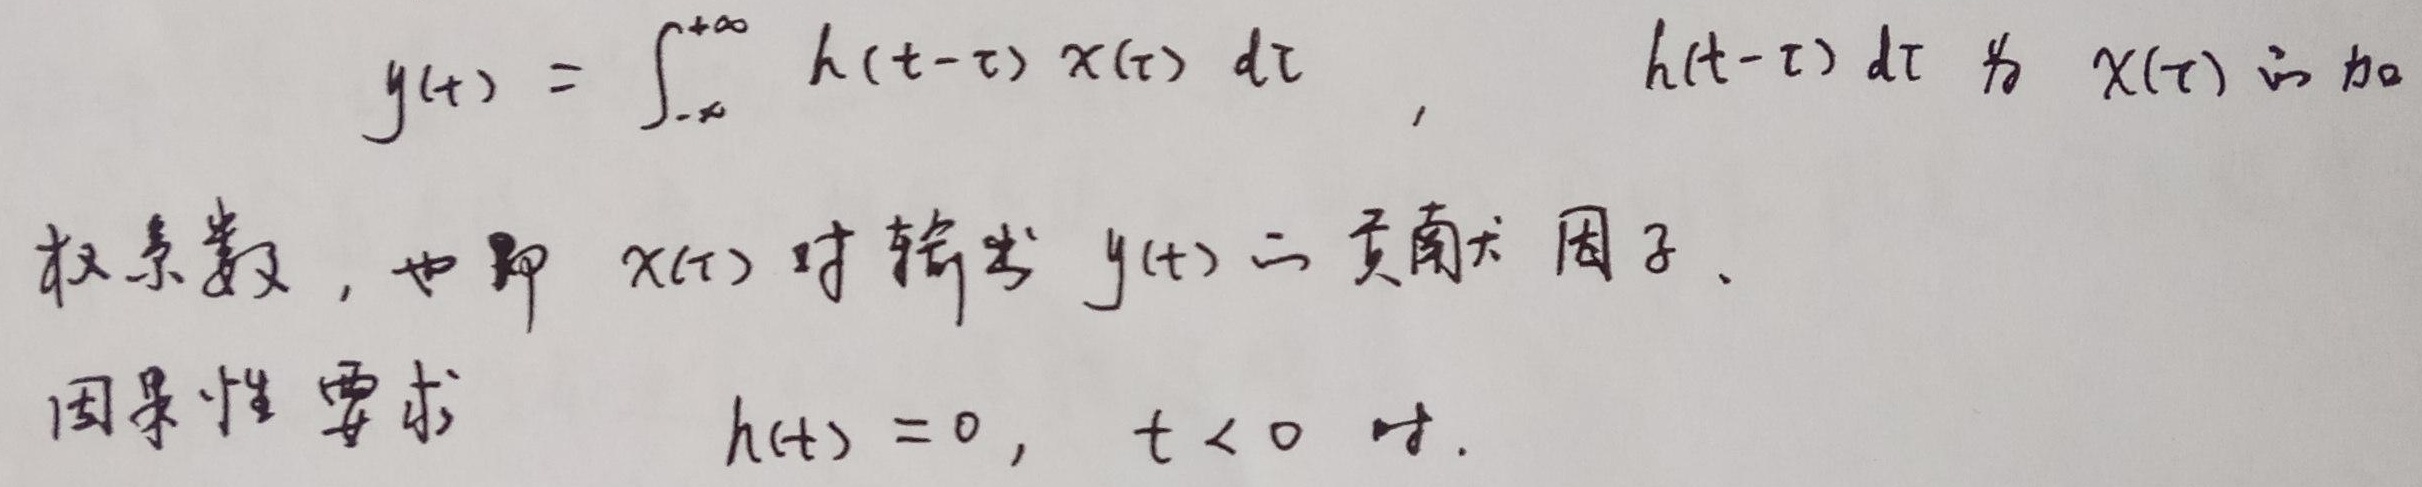
\[y(t)=\int_{-\infty}^{+\infty} h(t - \tau)x(\tau) d\tau\]
\(h(t - \tau) d\tau\)为\(x(\tau)\)的加权系数，也即\(x(\tau)\)对输出\(y(t)\)的贡献因子。因果性要求\(h(t)=0\)，当\(t < 0\)时。